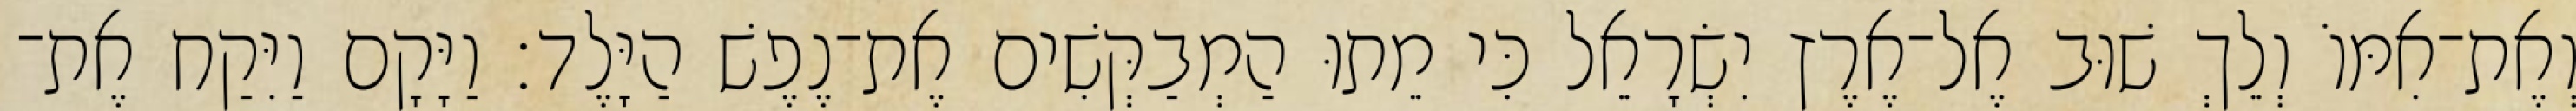
וְאֶת־אִמּוֹ וְלֵךְ שׁוּב אֶל־אֶרֶץ יִשְׂרָאֵל כִּי מֵתוּ הַמְבַקְּשִׁים אֶת־נֶפֶשׁ הַיָּלֶד׃ וַיָּקָם וַיִּקַח אֶת־